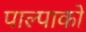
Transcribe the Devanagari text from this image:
पाल्पाको